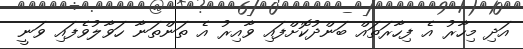
އަދި މިހާރު އެ ފިހާރަތައް ބަންދުކޮށްފައި ވާއިރު އެ ތަންތަނާ ހަވާލުވެފައި ވަނީ